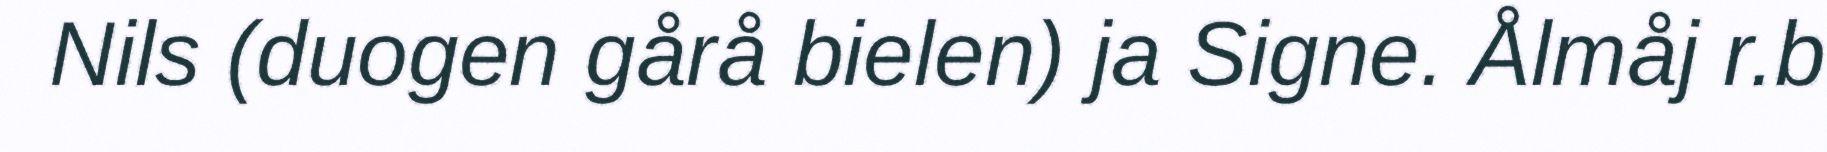
Nils (duogen gårå bielen) ja Signe. Ålmåj r.b